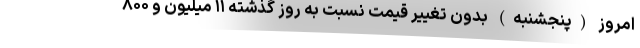
امروز (پنجشنبه) بدون تغییر قیمت نسبت به روز گذشته ۱۱ میلیون و ۸۰۰